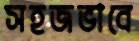
সহজভাবে